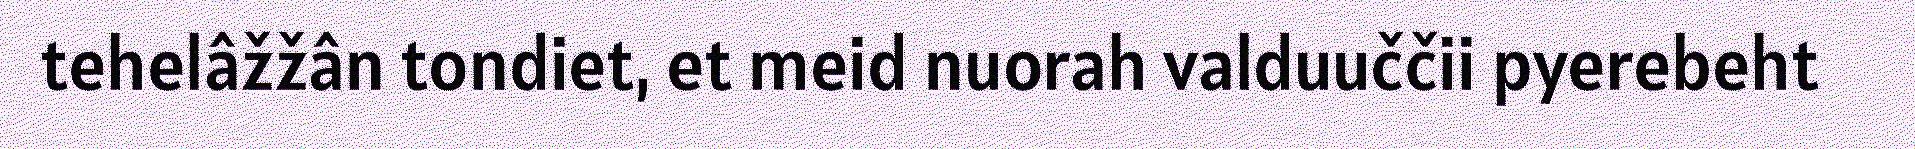
tehelâžžân tondiet, et meid nuorah valduuččii pyerebeht